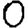
Digit: 0